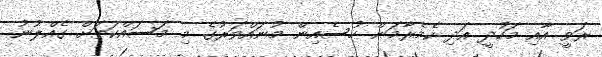
ރަވީ އާއި މަހުދީ އަދި ކެމެރާމަން ހުސެއިން މުނައްވަރުގެ މި މަސައްކަތަށް ގެއްލުނު